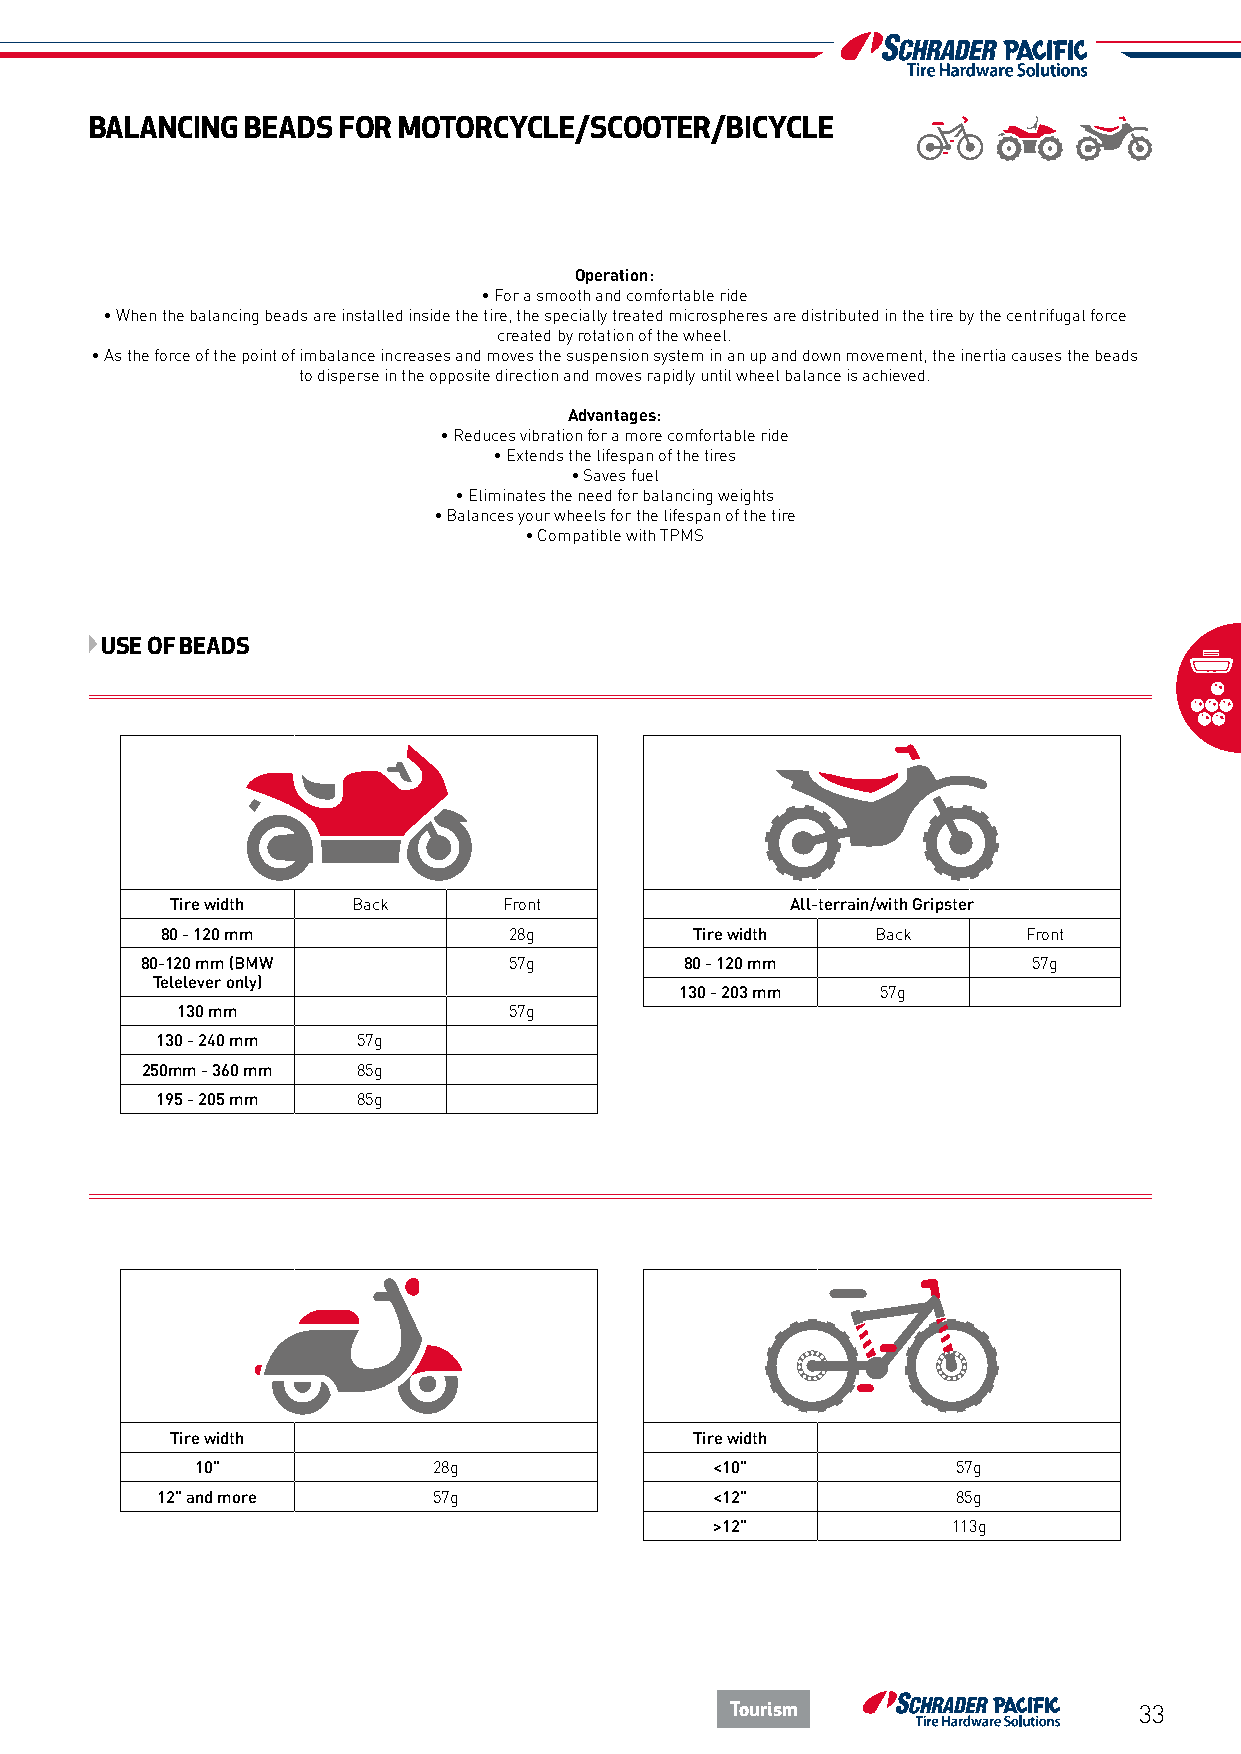
BALANCING BEADS FOR MOTORCYCLE/SCOOTER/BICYCLE
 Operation:
 • For a smooth and comfortable ride
 • When the balancing beads are installed inside the tire, the specially treated microspheres are distributed in the tire by the centrifugal force
 created by rotation of the wheel.
 • As the force of the point of imbalance increases and moves the suspension system in an up and down movement, the inertia causes the beads
 to disperse in the opposite direction and moves rapidly until wheel balance is achieved.
 Advantages:
 • Reduces vibration for a more comfortable ride
 • Extends the lifespan of the tires
 • Saves fuel
 • Eliminates the need for balancing weights
 • Balances your wheels for the lifespan of the tire
 • Compatible with TPMS
 USE OF BEADS
 Tire width  Back      Front              All-terrain/with Gripster
 80 - 120 mm            28g         Tire width  Back      Front
 80-120 mm (BMW           57g        80 - 120 mm            57g
 Telelever only)
 130 - 203 mm 57g
 130 mm                57g
 130 - 240 mm  57g
 250mm - 360 mm 85g
 195 - 205 mm  85g
 Tire width                         Tire width
 10"             28g               <10"            57g
 12" and more       57g               <12"            85g
 >12"            113g
 Tourism                    33